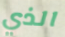
الذي